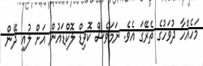
މަހެއްހާ ދުވަހުގެ ތެރޭގަ އެވެ. ނަމަވެސް ކޮވިޑް ލޮކްޑައުން އަށް ލުއި ދޭން